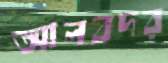
আলবদর